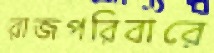
রাজপরিবারে